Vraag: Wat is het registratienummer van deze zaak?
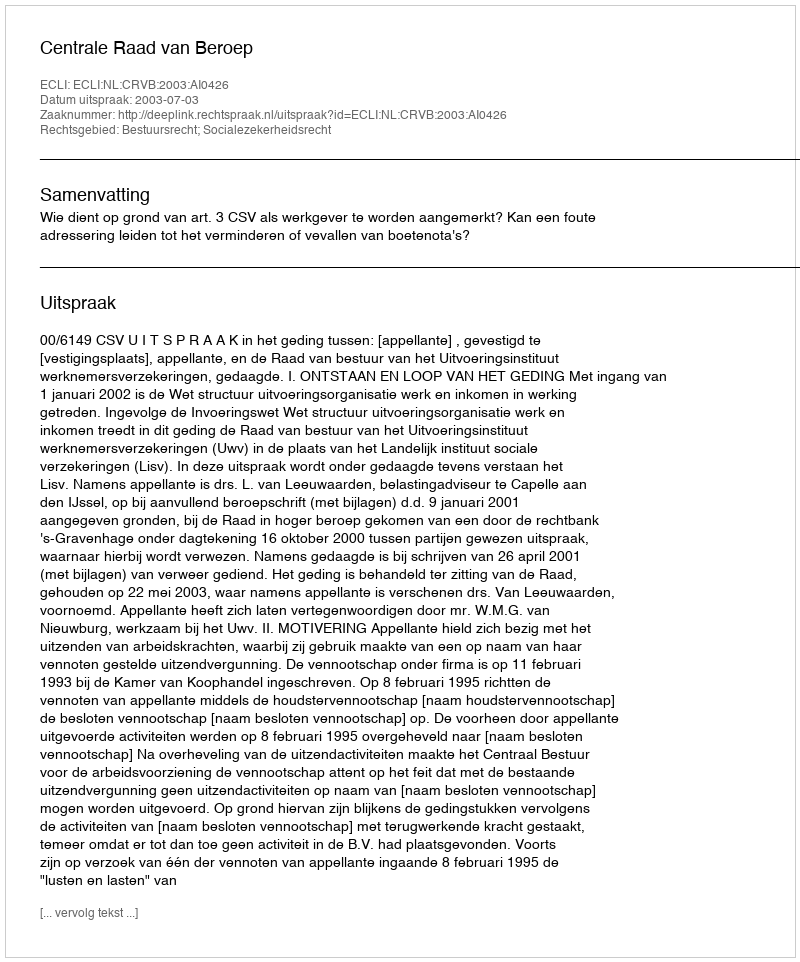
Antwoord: http://deeplink.rechtspraak.nl/uitspraak?id=ECLI:NL:CRVB:2003:AI0426